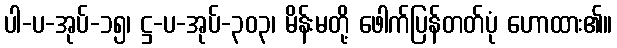
ပါ-ပ-အုပ်-၁၅၊ ဋ္ဌ-ပ-အုပ်-၃၀၃၊ မိန်းမတို့ ဖေါက်ပြန်တတ်ပုံ ဟောထား၏။